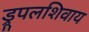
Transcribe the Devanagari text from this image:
ड्रूपलशिवाय